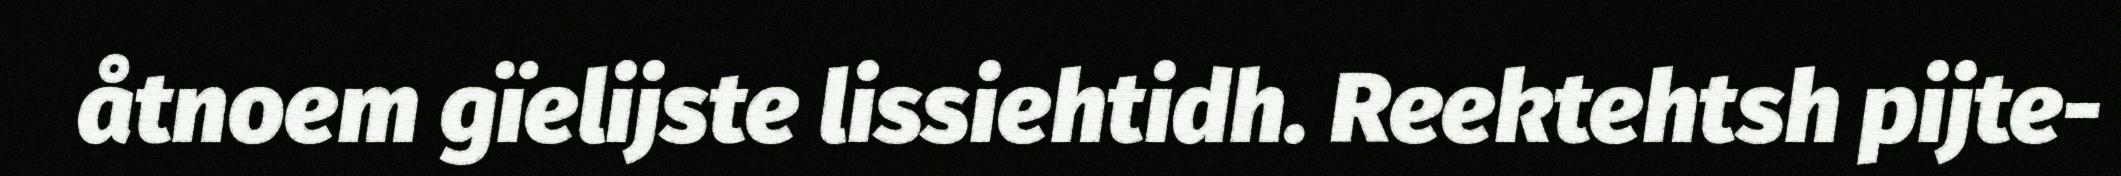
åtnoem gïelijste lissiehtidh. Reektehtsh pijte-